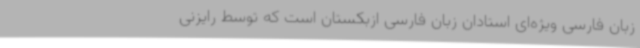
زبان فارسی ویژه‌ای استادان زبان فارسی ازبکستان است که توسط رایزنی